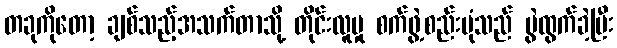
တခုကိုတော့ ချစ်သည့်အသက်တာသို့ တိုင်းလူမှု စက်ဖွဲ့စည်းပုံသည် ပွဲထွက်ခဲ့ပြီး